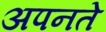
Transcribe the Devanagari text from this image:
अपनते